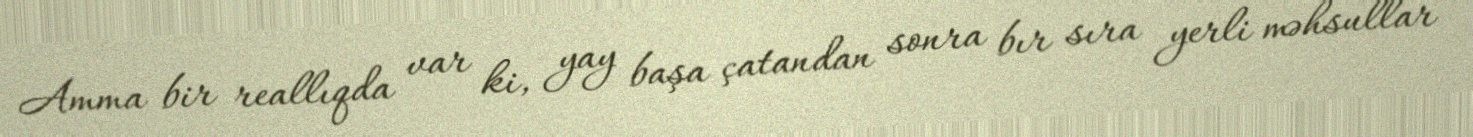
Amma bir reallıqda var ki, yay başa çatandan sonra bır sıra yerli məhsullar